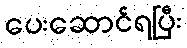
ပေးဆောင်ရပြီး